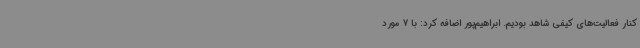
کنار فعالیت‌های کیفی شاهد بودیم. ابراهیم‌پور اضافه کرد: با 7 مورد